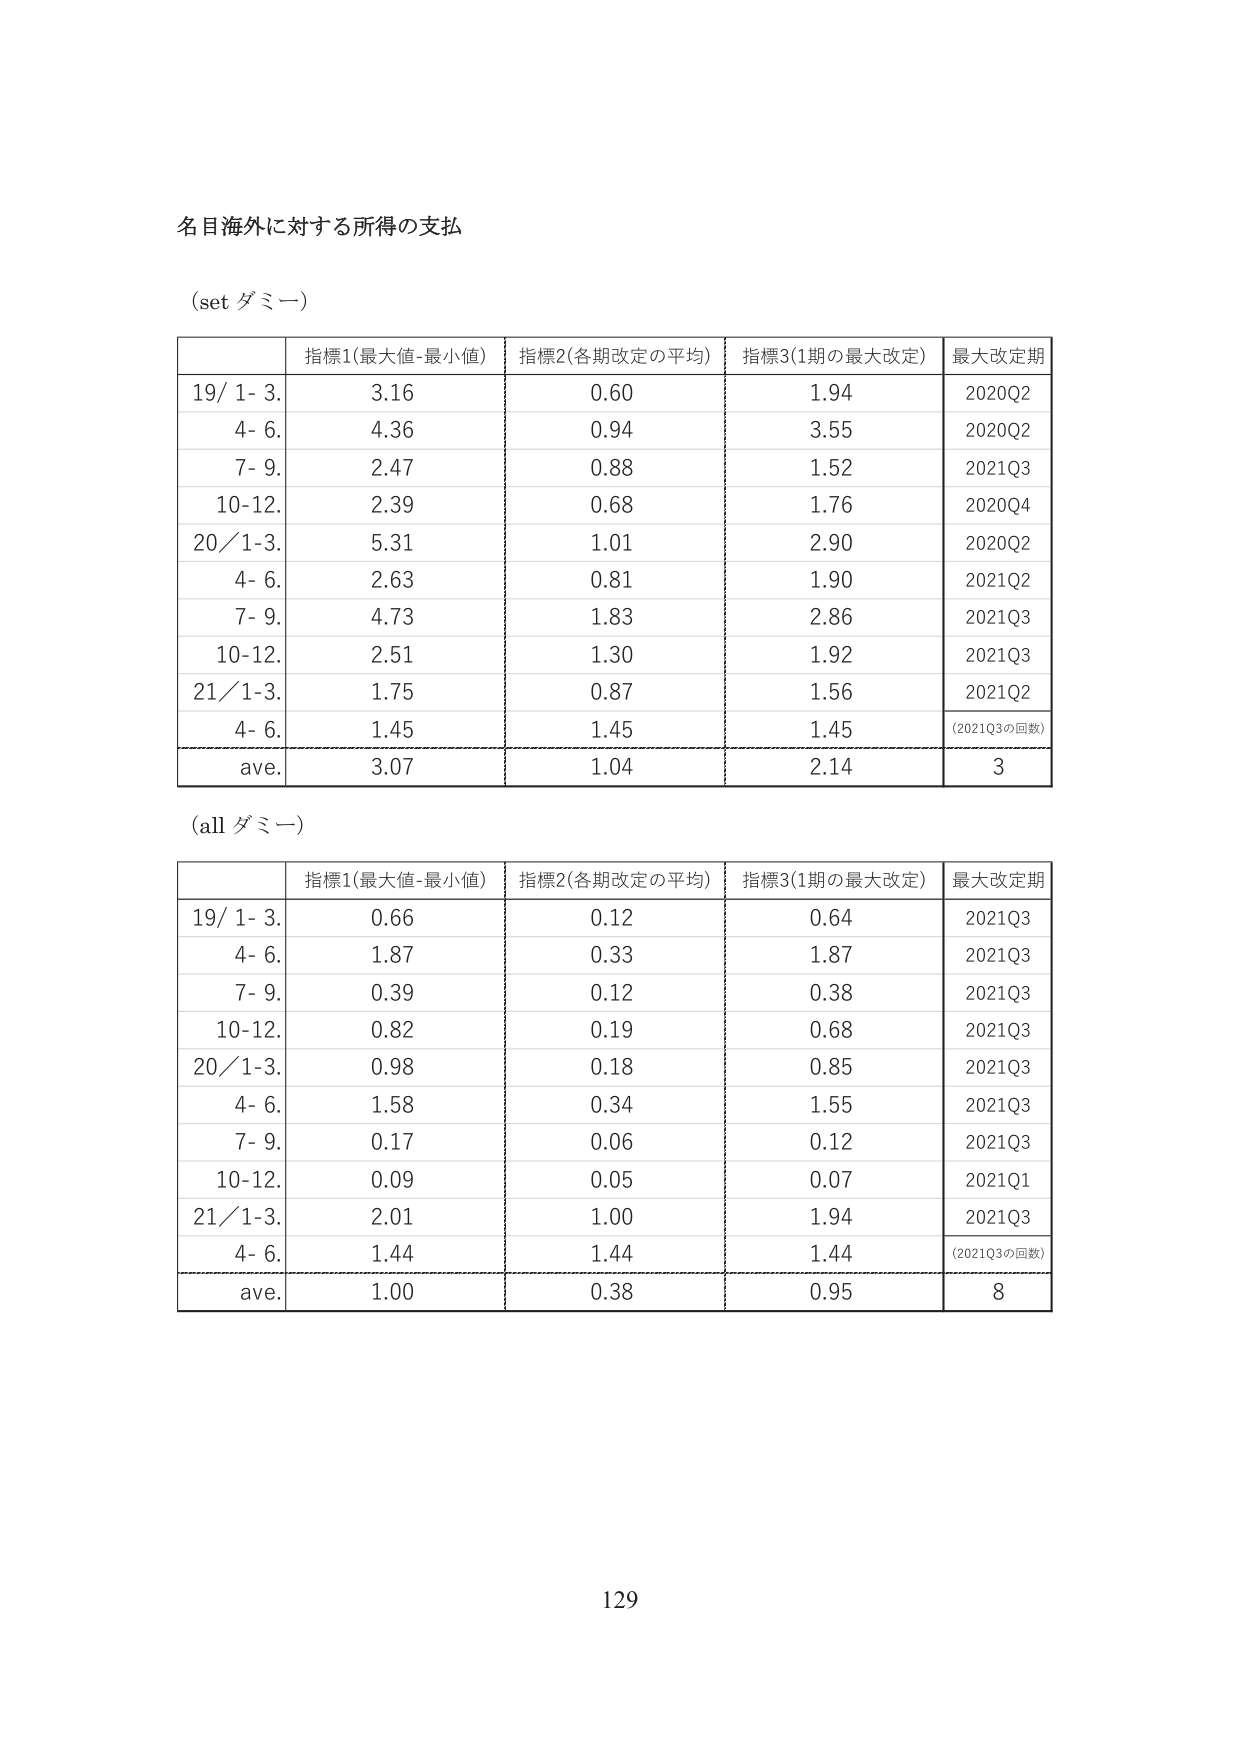
名目海外に対する所得の支払

(set ダミー)

| | 指標1(最大値-最小値) | 指標2(各期改定の平均) | 指標3(1期の最大改定) | 最大改定期 |
|---|---|---|---|---|
| 19/ 1- 3. | 3.16 | 0.60 | 1.94 | 2020Q2 |
| 4- 6. | 4.36 | 0.94 | 3.55 | 2020Q2 |
| 7- 9. | 2.47 | 0.88 | 1.52 | 2021Q3 |
| 10-12. | 2.39 | 0.68 | 1.76 | 2020Q4 |
| 20/1-3. | 5.31 | 1.01 | 2.90 | 2020Q2 |
| 4- 6. | 2.63 | 0.81 | 1.90 | 2021Q2 |
| 7- 9. | 4.73 | 1.83 | 2.86 | 2021Q3 |
| 10-12. | 2.51 | 1.30 | 1.92 | 2021Q3 |
| 21/1-3. | 1.75 | 0.87 | 1.56 | 2021Q2 |
| 4- 6. | 1.45 | 1.45 | 1.45 | (2021Q3の回数) |
| ave. | 3.07 | 1.04 | 2.14 | 3 |

(all ダミー)

| | 指標1(最大値-最小値) | 指標2(各期改定の平均) | 指標3(1期の最大改定) | 最大改定期 |
|---|---|---|---|---|
| 19/ 1- 3. | 0.66 | 0.12 | 0.64 | 2021Q3 |
| 4- 6. | 1.87 | 0.33 | 1.87 | 2021Q3 |
| 7- 9. | 0.39 | 0.12 | 0.38 | 2021Q3 |
| 10-12. | 0.82 | 0.19 | 0.68 | 2021Q3 |
| 20/1-3. | 0.98 | 0.18 | 0.85 | 2021Q3 |
| 4- 6. | 1.58 | 0.34 | 1.55 | 2021Q3 |
| 7- 9. | 0.17 | 0.06 | 0.12 | 2021Q3 |
| 10-12. | 0.09 | 0.05 | 0.07 | 2021Q1 |
| 21/1-3. | 2.01 | 1.00 | 1.94 | 2021Q3 |
| 4- 6. | 1.44 | 1.44 | 1.44 | (2021Q3の回数) |
| ave. | 1.00 | 0.38 | 0.95 | 8 |

129